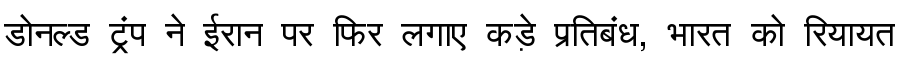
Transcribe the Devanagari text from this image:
डोनल्ड ट्रंप ने ईरान पर फिर लगाए कड़े प्रतिबंध, भारत को रियायत